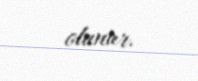
olunur.